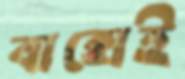
বাক্সেই